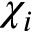
\chi _ { i }